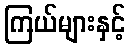
ကြယ်များနှင့်